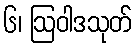
၆၊ ဩဝါဒသုတ်